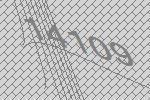
14109